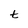
Character: t